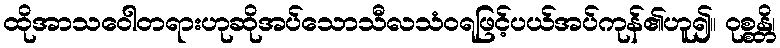
ထိုအာသဝေါတရားဟုဆိုအပ်သောသီလသံဝရဖြင့်ပယ်အပ်ကုန်၏ဟူ၍။ ဝုစ္စန္တိ၊